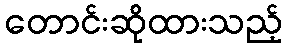
တောင်းဆိုထားသည့်